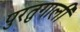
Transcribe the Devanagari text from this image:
पुरतुगाली